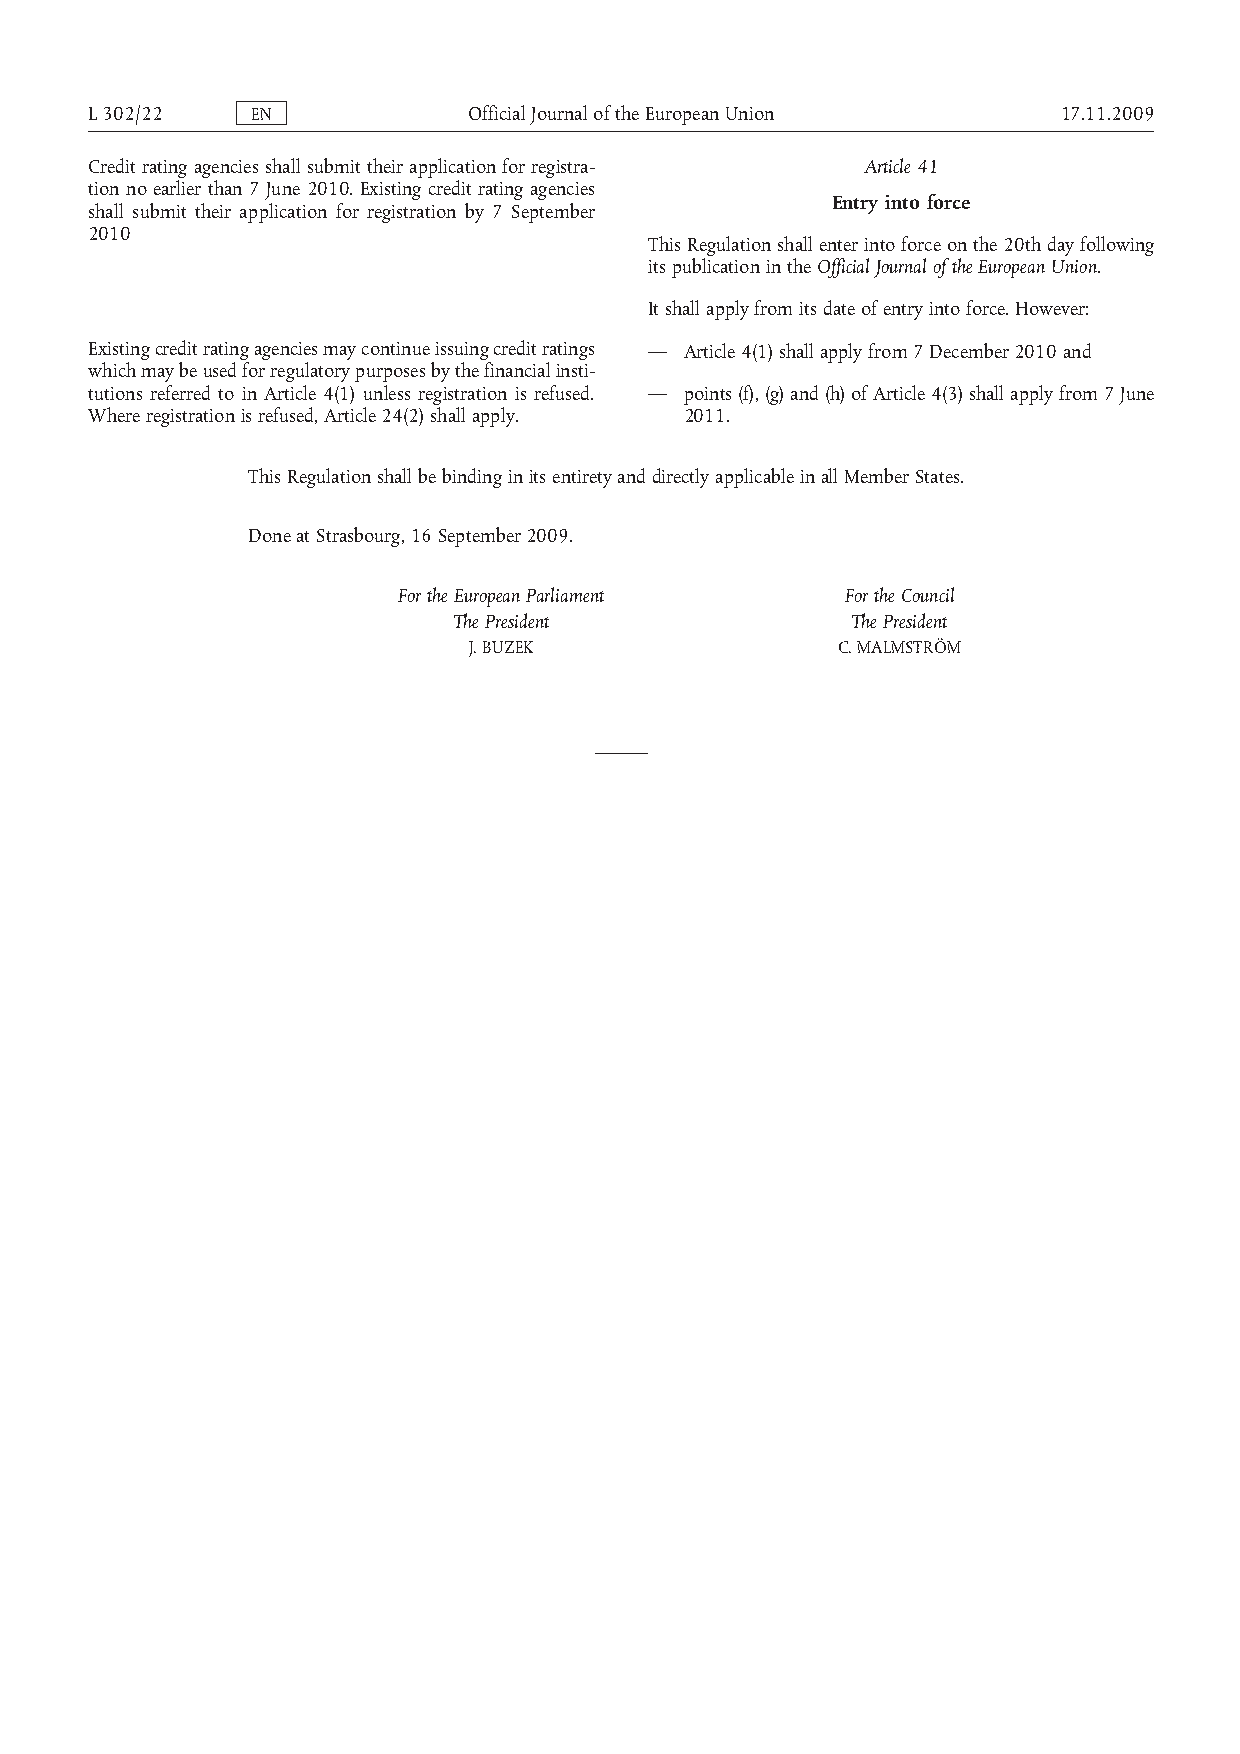
L302/22    EN            OfficialJournaloftheEuropeanUnion      17.11.2009
 Credit rating agencies shall submit their application for registra­ Article 41
 tion no earlier than 7 June 2010. Existing credit rating agencies
 Entry into force
 shall submit their application for registration by 7 September
 2010
 This Regulation shall enter into force on the 20th day following
 its publication in the Official Journal of the European Union.
 It shall apply from its date of entry into force. However:
 Existing credit rating agencies may continue issuing credit ratings — Article 4(1) shall apply from 7 December 2010 and
 which may be used for regulatory purposes by the financial insti­
 tutions referred to in Article 4(1) unless registration is refused. — points (f), (g) and (h) of Article 4(3) shall apply from 7 June
 Where registration is refused, Article 24(2) shall apply. 2011.
 This Regulation shall be binding in its entirety and directly applicable in all Member States.
 Done at Strasbourg, 16 September 2009.
 For the European Parliament   For the Council
 The President             The President
 J. BUZEK                C. MALMSTRÖM